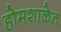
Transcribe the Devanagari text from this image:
होमशाळेत